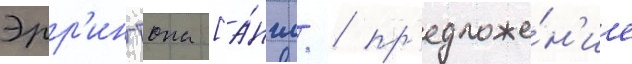
Эрр'ингтона [а́нгл. / пр'едложе́н'ие